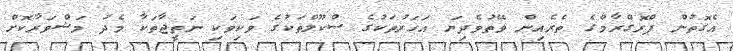
އެގޮތުން ޕްރޮގްރާމްގެ ތެރެއިން ވޭތުވެދިޔަ އަހަރުތަކުގެ ސްކޫލްތަކުގެ ވަކިވަކި ނަތީޖާތަކާ މެދު މަޝްވަރާކޮށް